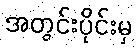
အတွင်းပိုင်းမှ